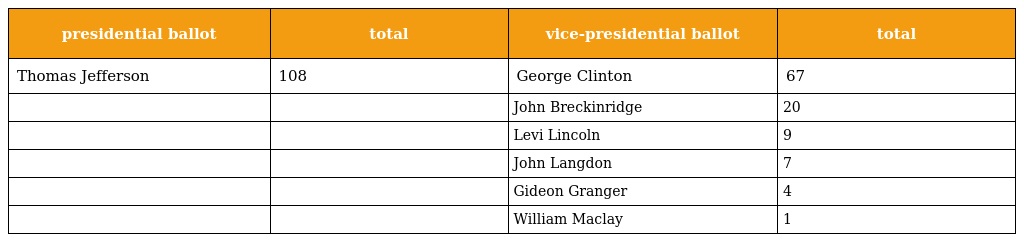
| presidential ballot | total | vice-presidential ballot | total |
 | --- | --- | --- | --- |
 | Thomas Jefferson | 108 | George Clinton | 67 |
 |  |  | John Breckinridge | 20 |
 |  |  | Levi Lincoln | 9 |
 |  |  | John Langdon | 7 |
 |  |  | Gideon Granger | 4 |
 |  |  | William Maclay | 1 |